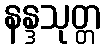
နန္ဒသုတ္တ